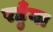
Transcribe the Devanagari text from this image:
रहुँगा